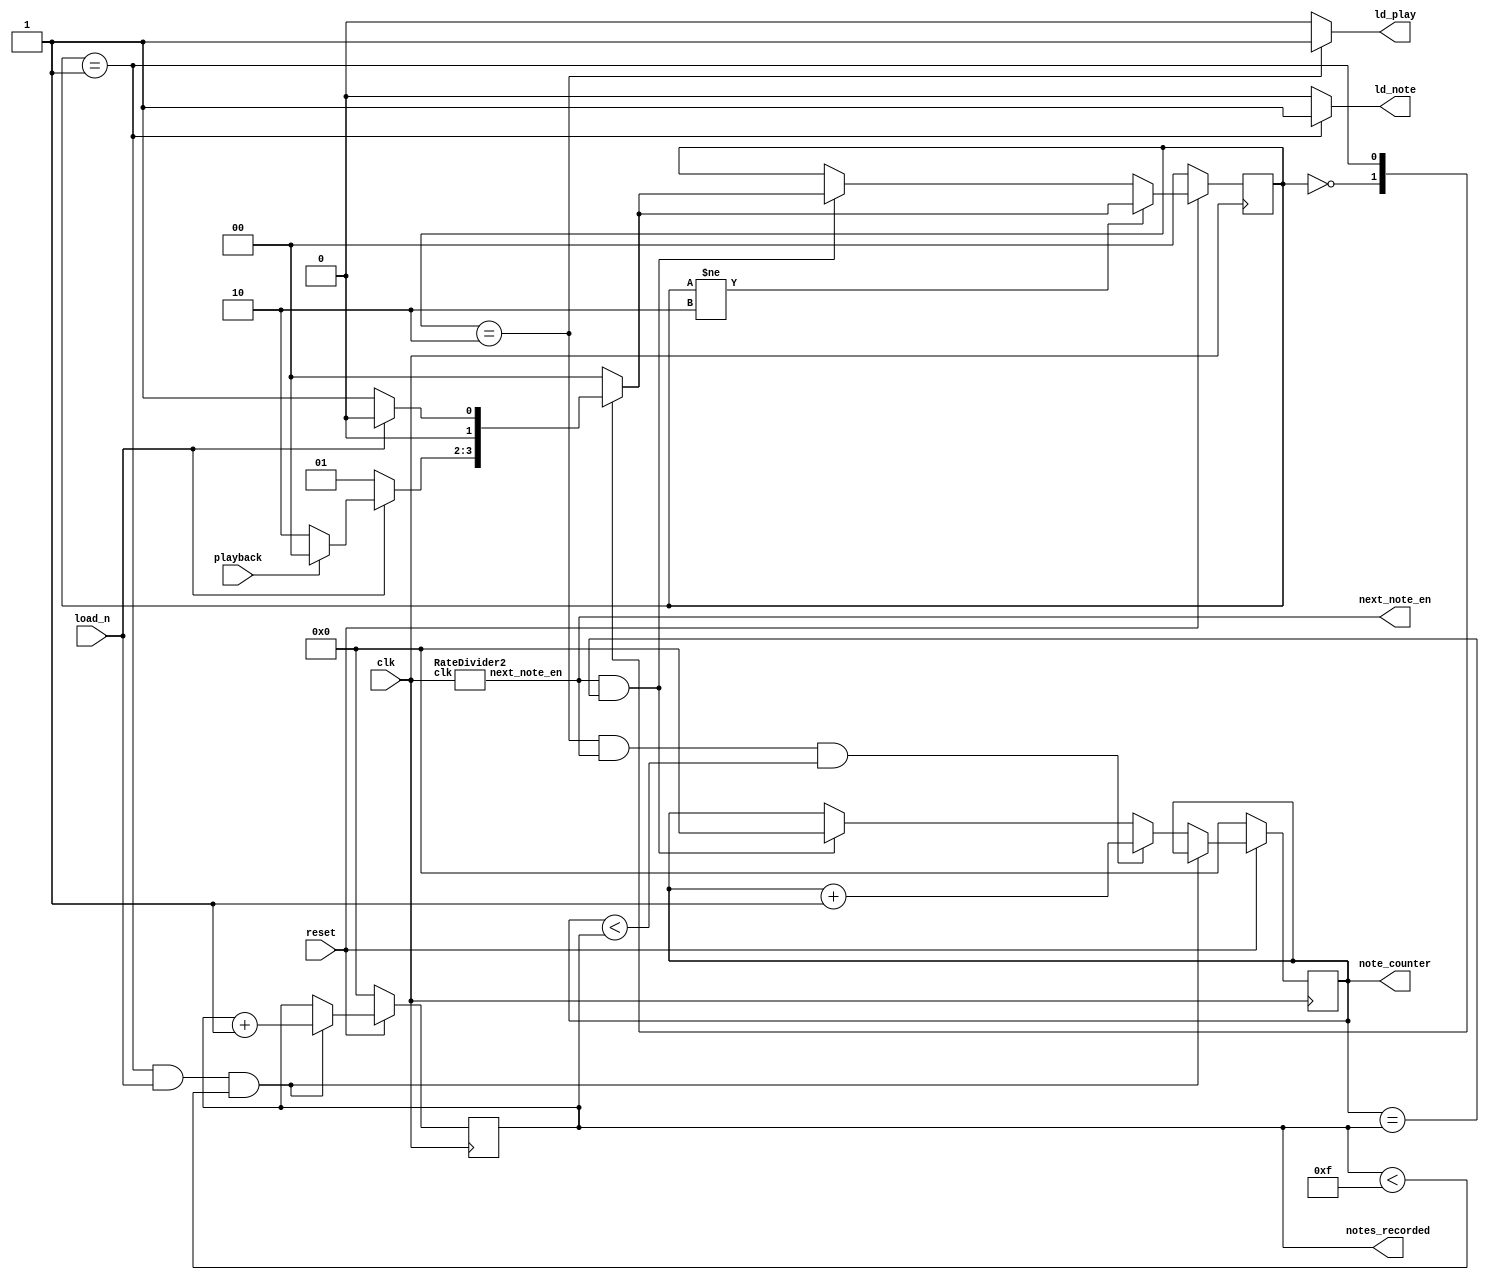
module control(reset, load_n, playback, clk, ld_play, ld_note, note_counter, next_note_en, notes_recorded);
	input reset;
	input load_n;
	input playback;
	input clk;
	output reg ld_play;
	output reg ld_note;
	//16 notes to play back
	output reg [3:0] note_counter;
	output next_note_en;
	
	output reg [3:0] notes_recorded;
	
	
	
	RateDivider2 rd(.clk(clk),
						 .next_note_en(next_note_en)
						 );
	
	reg [1:0] current_state, next_state;
	localparam  LOAD_NOTE_WAIT        = 2'b00,
	            LOAD_NOTE             = 2'b01,
	            PLAYBACK		  	 		 = 2'b10;
	
	//state table
	always@(*)
	begin
		case(current_state)
			LOAD_NOTE_WAIT : 
				begin
					if(!load_n)
						next_state = LOAD_NOTE;
					else if(!playback)
						next_state = PLAYBACK;
					else
						next_state = LOAD_NOTE_WAIT;
				end
			LOAD_NOTE :
				begin
					if(load_n)
						next_state = LOAD_NOTE_WAIT;
					else
						next_state = LOAD_NOTE;
				end
			PLAYBACK :
				begin
					next_state = LOAD_NOTE_WAIT;
				end
			default :
				begin
					next_state = LOAD_NOTE_WAIT;
				end
		endcase
	end
	
	always@(posedge clk)
	begin
		if(!reset)
		begin
			note_counter <= 4'b0000;
			notes_recorded <= 4'b0000;
		end
		else
			begin
				if(current_state == LOAD_NOTE && load_n && notes_recorded < 4'b1111)
					notes_recorded <= notes_recorded + 1;
				else if(current_state == PLAYBACK && next_note_en && note_counter < notes_recorded)
					note_counter <= note_counter + 1;
				else if(next_note_en && note_counter == notes_recorded)
					note_counter <= 0;
			end
	end
	
	// Output logic of the signals
	always@(*)
	begin
		case(current_state)
			LOAD_NOTE_WAIT : 
				begin
					ld_play = 0;
					ld_note = 0;
				end
			LOAD_NOTE :
				begin
					ld_play = 0;
					ld_note = 1;
				end
			PLAYBACK :
				begin
					ld_play = 1;
					ld_note = 0;
				end
			default :
				begin
					ld_play = 0;
					ld_note = 0;
				end
		endcase
	end
	
	always@(posedge clk)
	begin
		if(!reset)
			begin
				current_state <= LOAD_NOTE_WAIT;
			end
		else
			begin
					if(current_state != PLAYBACK)
						current_state <= next_state;
					else if(next_note_en && note_counter == notes_recorded)
						current_state <= next_state;
			end
	end
	
endmodule


module RateDivider2(clk, next_note_en);
	input clk;
	output next_note_en;
	
	//0.5 second counter
	reg [24:0] counter = 25000000 - 1;
	always @(posedge clk) 
		begin
			if (counter == 0)
				counter <= 25000000 - 1;
			else 
				counter <= counter - 1;
		end
	assign next_note_en = (counter == 0) ? 1 : 0;
endmodule